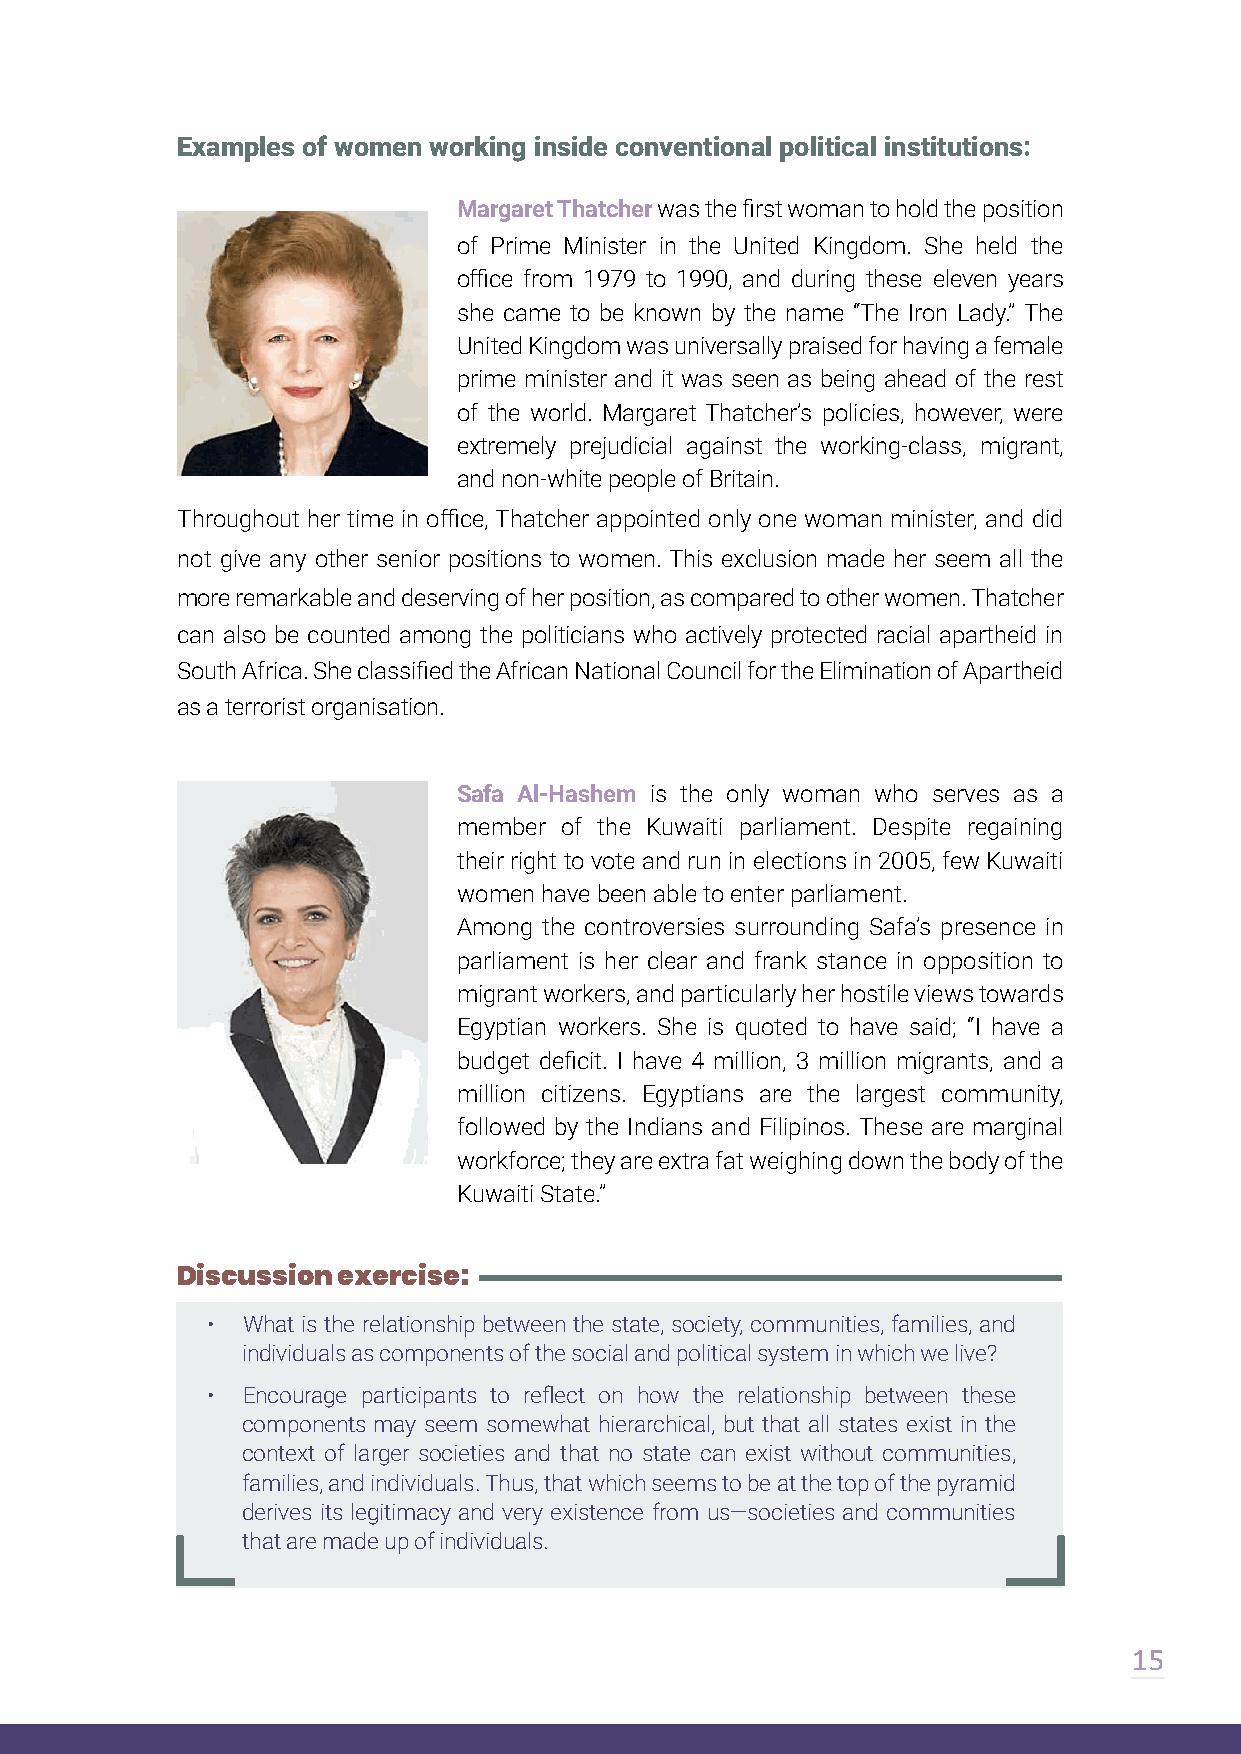
Examples of women working inside conventional political institutions:
 Margaret Thatcher was the first woman to hold the position
 of Prime Minister in the United Kingdom. She held the
 office from 1979 to 1990, and during these eleven years
 she came to be known by the name “The Iron Lady.” The
 United Kingdom was universally praised for having a female
 prime minister and it was seen as being ahead of the rest
 of the world. Margaret Thatcher’s policies, however, were
 extremely prejudicial against the working-class, migrant,
 and non-white people of Britain.
 Throughout her time in office, Thatcher appointed only one woman minister, and did
 not give any other senior positions to women. This exclusion made her seem all the
 more remarkable and deserving of her position, as compared to other women. Thatcher
 can also be counted among the politicians who actively protected racial apartheid in
 South Africa. She classified the African National Council for the Elimination of Apartheid
 as a terrorist organisation.
 Safa Al-Hashem is the only woman who serves as a
 member of the Kuwaiti parliament. Despite regaining
 their right to vote and run in elections in 2005, few Kuwaiti
 women have been able to enter parliament.
 Among the controversies surrounding Safa’s presence in
 parliament is her clear and frank stance in opposition to
 migrant workers, and particularly her hostile views towards
 Egyptian workers. She is quoted to have said; “I have a
 budget deficit. I have 4 million, 3 million migrants, and a
 million citizens. Egyptians are the largest community,
 followed by the Indians and Filipinos. These are marginal
 workforce; they are extra fat weighing down the body of the
 Kuwaiti State.”
 Discussion exercise:
 • What is the relationship between the state, society, communities, families, and
 individuals as components of the social and political system in which we live?
 • Encourage participants to reflect on how the relationship between these
 components may seem somewhat hierarchical, but that all states exist in the
 context of larger societies and that no state can exist without communities,
 families, and individuals. Thus, that which seems to be at the top of the pyramid
 derives its legitimacy and very existence from us—societies and communities
 that are made up of individuals.
 15